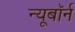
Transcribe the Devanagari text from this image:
न्यूबॉर्न